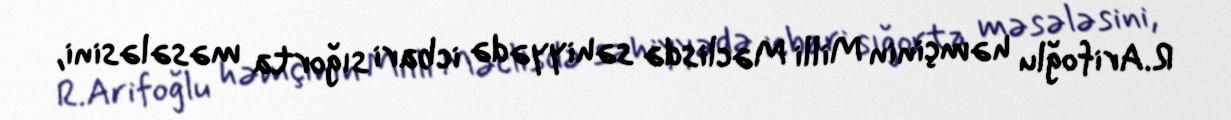
R.Arifoğlu həmçinin Milli Məclisdə səhiyyədə icbari sığorta məsələsini,